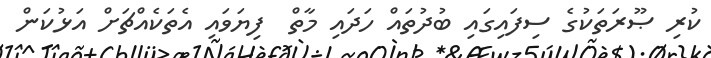
ކުރި ޞޫރަތަކުގެ ސިފައިގައި ބުދުތައް ހަދައި މާތް  ފިޔަވައި އެތަކެއްޗަށް އަޅުކަން